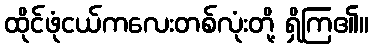
ထိုင်ဖုံငယ်ကလေးတစ်လုံးတို့ ရှိကြ၏။